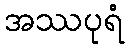
အဿပုရံ